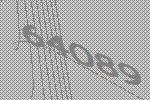
64089